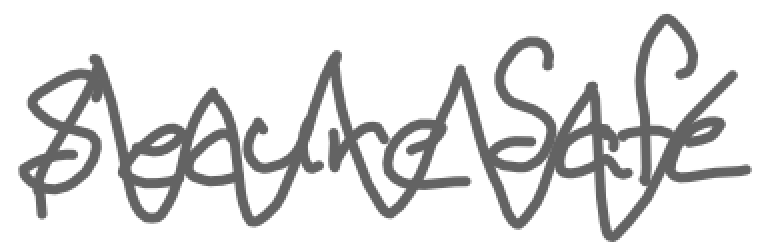
Text: SecureSafe
Cross-out: zig-zag
Writing tool: digital_gray